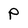
Character: P